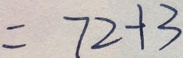
= 7 2 + 3